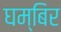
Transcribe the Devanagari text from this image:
घम्बिर